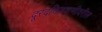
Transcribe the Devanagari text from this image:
दूरदचित्रवाणीवरील